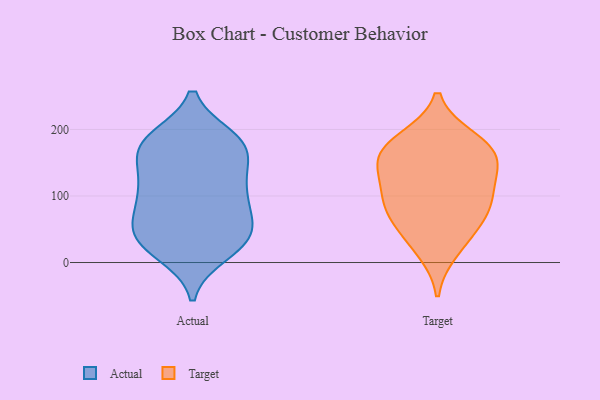
{"axis": {"x": "Latency (ms)", "y": "Value"}, "legend": ["Actual", "Target"], "data": [{"x": "", "y": 170, "type": "Actual"}, {"x": "", "y": 65, "type": "Actual"}, {"x": "", "y": 175, "type": "Actual"}, {"x": "", "y": 14, "type": "Actual"}, {"x": "", "y": 181, "type": "Actual"}, {"x": "", "y": 144, "type": "Actual"}, {"x": "", "y": 33, "type": "Actual"}, {"x": "", "y": 90, "type": "Actual"}, {"x": "", "y": 110, "type": "Actual"}, {"x": "", "y": 44, "type": "Actual"}, {"x": "", "y": 186, "type": "Actual"}, {"x": "", "y": 96, "type": "Actual"}, {"x": "", "y": 27, "type": "Actual"}, {"x": "", "y": 115, "type": "Actual"}, {"x": "", "y": 172, "type": "Actual"}, {"x": "", "y": 183, "type": "Actual"}, {"x": "", "y": 26, "type": "Actual"}, {"x": "", "y": 59, "type": "Actual"}, {"x": "", "y": 122, "type": "Actual"}, {"x": "", "y": 48, "type": "Actual"}, {"x": "", "y": 161, "type": "Target"}, {"x": "", "y": 97, "type": "Target"}, {"x": "", "y": 92, "type": "Target"}, {"x": "", "y": 18, "type": "Target"}, {"x": "", "y": 42, "type": "Target"}, {"x": "", "y": 159, "type": "Target"}, {"x": "", "y": 181, "type": "Target"}, {"x": "", "y": 70, "type": "Target"}, {"x": "", "y": 186, "type": "Target"}, {"x": "", "y": 120, "type": "Target"}, {"x": "", "y": 74, "type": "Target"}, {"x": "", "y": 134, "type": "Target"}, {"x": "", "y": 160, "type": "Target"}]}